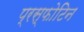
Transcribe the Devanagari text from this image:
प्रस्फोटिन